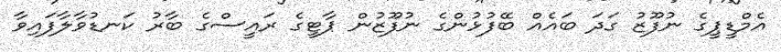
އެމްޑީޕީގެ ނުފޫޒު ގަދަ ބައެއް ބޭފުޅުންގެ ނުފޫޒުން ޕާޓީގެ ރައީސްގެ ބާރު ކަނޑުވާލާފައިވާ